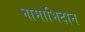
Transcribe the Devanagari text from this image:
नामाभिदान